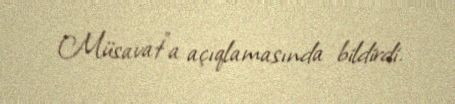
Müsavat”a açıqlamasında bildirdi.